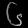
Digit: ၆